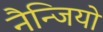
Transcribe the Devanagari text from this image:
नैन्जियो